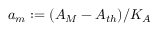
a _ { m } : = ( A _ { M } - A _ { t h } ) / K _ { A }